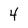
Character: 4